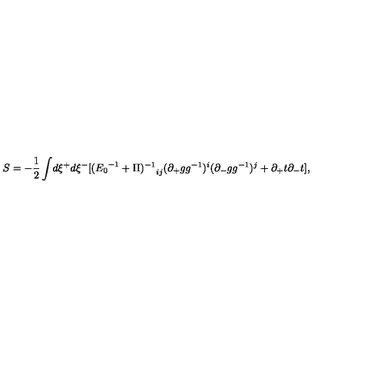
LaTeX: S = - \frac { 1 } { 2 } \int \! d \xi ^ { + } d \xi ^ { - } [ { ( { E _ { 0 } } ^ { - 1 } + \Pi ) ^ { - 1 } } _ { i j } ( \partial _ { + } g g ^ { - 1 } ) ^ { i } ( \partial _ { - } g g ^ { - 1 } ) ^ { j } + \partial _ { + } t \partial _ { - } t ] ,